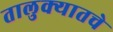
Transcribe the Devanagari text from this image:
तालुक्यातचे